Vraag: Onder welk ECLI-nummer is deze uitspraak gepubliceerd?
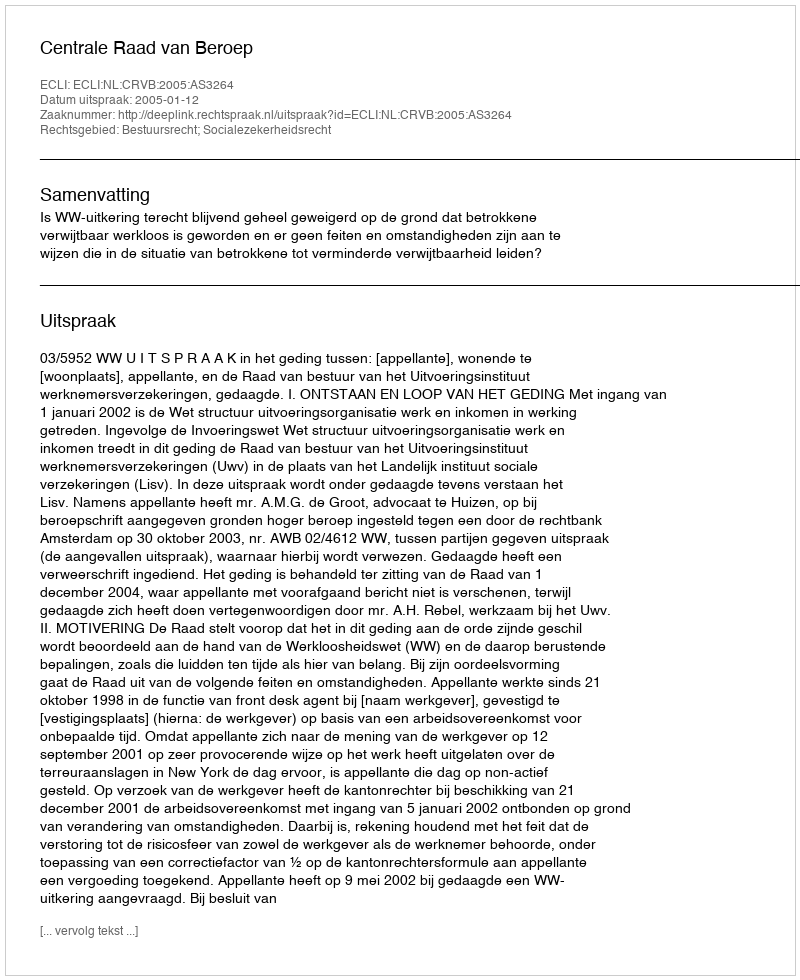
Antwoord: ECLI:NL:CRVB:2005:AS3264